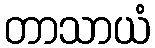
တာသာယံ